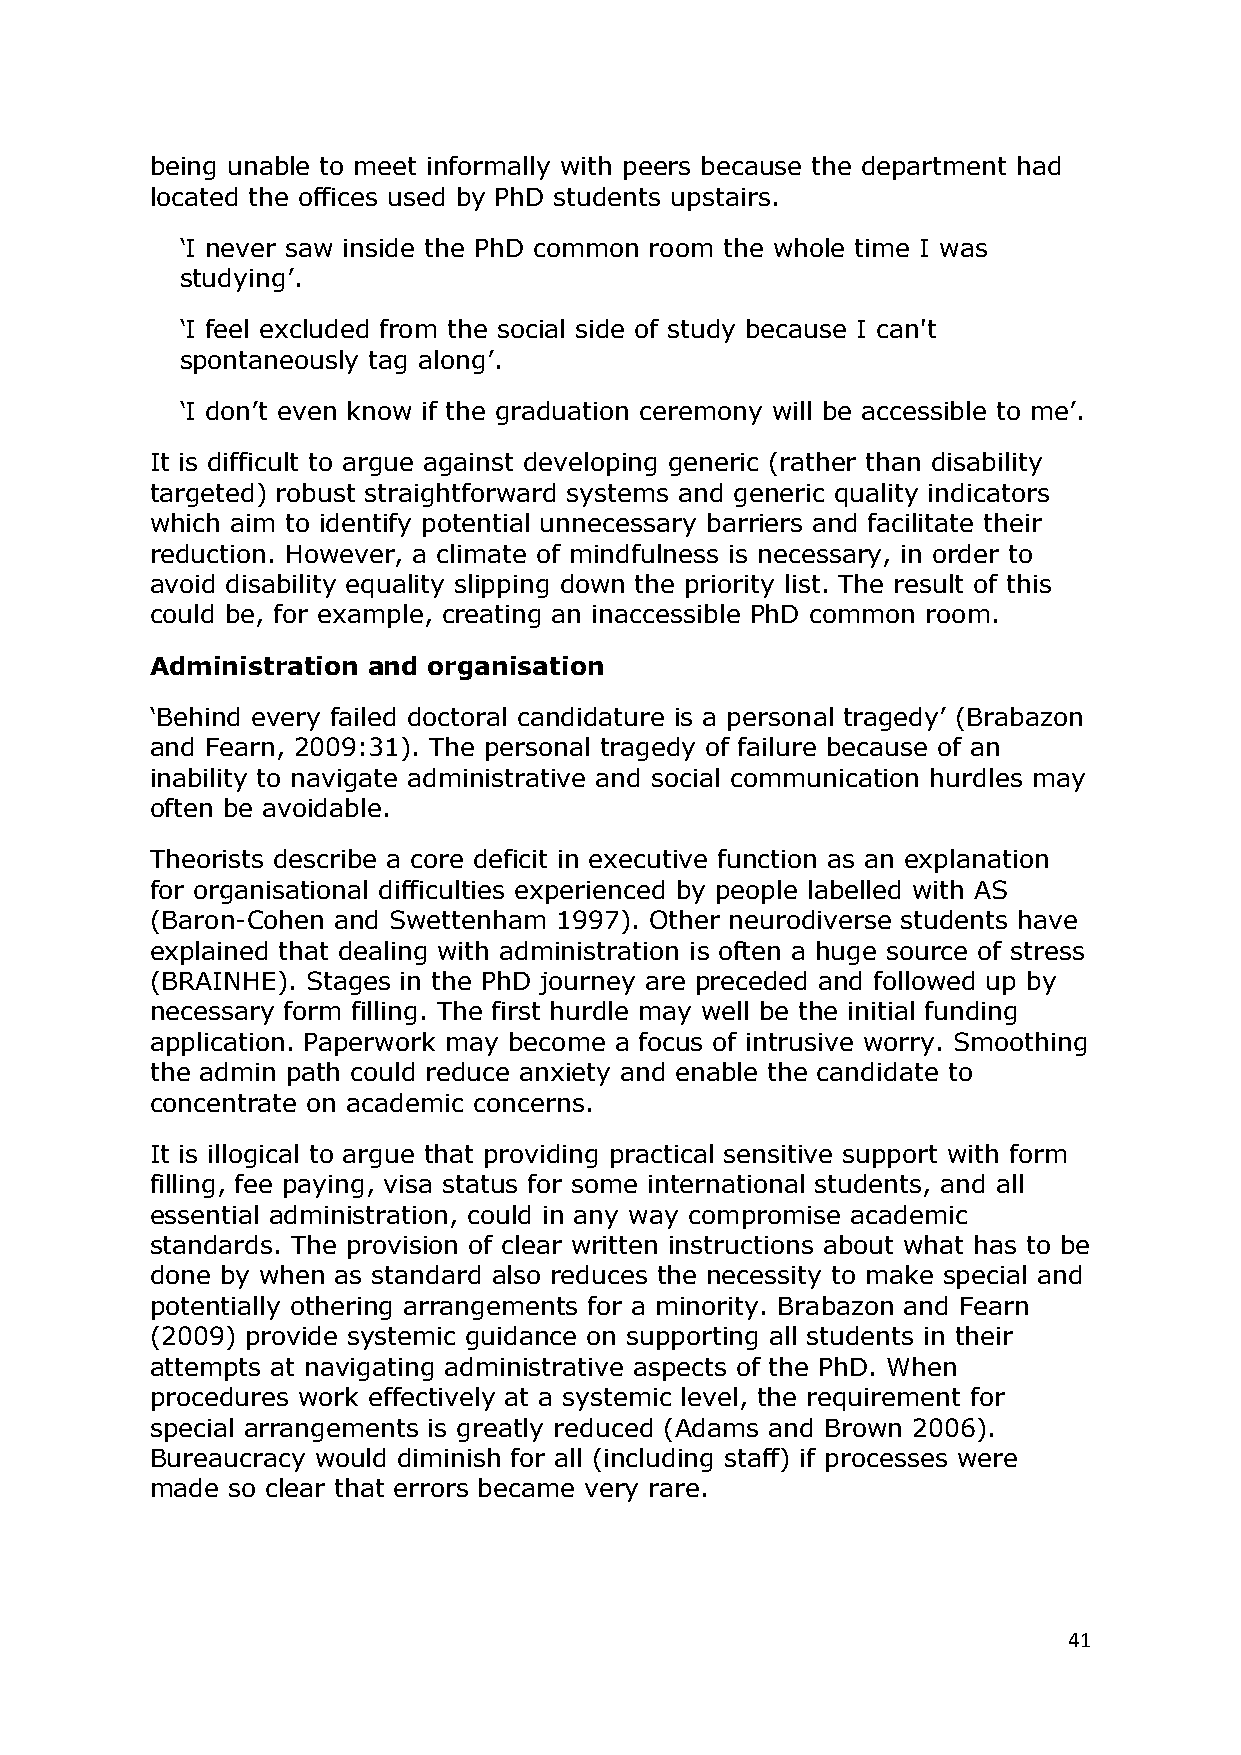
being unable to meet informally with peers because the department had
 located the offices used by PhD students upstairs.
 ‗I never saw inside the PhD common room the whole time I was
 studying‘.
 ‗I feel excluded from the social side of study because I can't
 spontaneously tag along‘.
 ‗I don‘t even know if the graduation ceremony will be accessible to me‘.
 It is difficult to argue against developing generic (rather than disability
 targeted) robust straightforward systems and generic quality indicators
 which aim to identify potential unnecessary barriers and facilitate their
 reduction. However, a climate of mindfulness is necessary, in order to
 avoid disability equality slipping down the priority list. The result of this
 could be, for example, creating an inaccessible PhD common room.
 Administration and organisation
 ‗Behind every failed doctoral candidature is a personal tragedy‘ (Brabazon
 and Fearn, 2009:31). The personal tragedy of failure because of an
 inability to navigate administrative and social communication hurdles may
 often be avoidable.
 Theorists describe a core deficit in executive function as an explanation
 for organisational difficulties experienced by people labelled with AS
 (Baron-Cohen and Swettenham 1997). Other neurodiverse students have
 explained that dealing with administration is often a huge source of stress
 (BRAINHE). Stages in the PhD journey are preceded and followed up by
 necessary form filling. The first hurdle may well be the initial funding
 application. Paperwork may become a focus of intrusive worry. Smoothing
 the admin path could reduce anxiety and enable the candidate to
 concentrate on academic concerns.
 It is illogical to argue that providing practical sensitive support with form
 filling, fee paying, visa status for some international students, and all
 essential administration, could in any way compromise academic
 standards. The provision of clear written instructions about what has to be
 done by when as standard also reduces the necessity to make special and
 potentially othering arrangements for a minority. Brabazon and Fearn
 (2009) provide systemic guidance on supporting all students in their
 attempts at navigating administrative aspects of the PhD. When
 procedures work effectively at a systemic level, the requirement for
 special arrangements is greatly reduced (Adams and Brown 2006).
 Bureaucracy would diminish for all (including staff) if processes were
 made so clear that errors became very rare.
 41